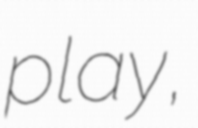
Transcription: play,